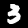
Digit: 3